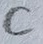
Text: C